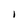
Character: I